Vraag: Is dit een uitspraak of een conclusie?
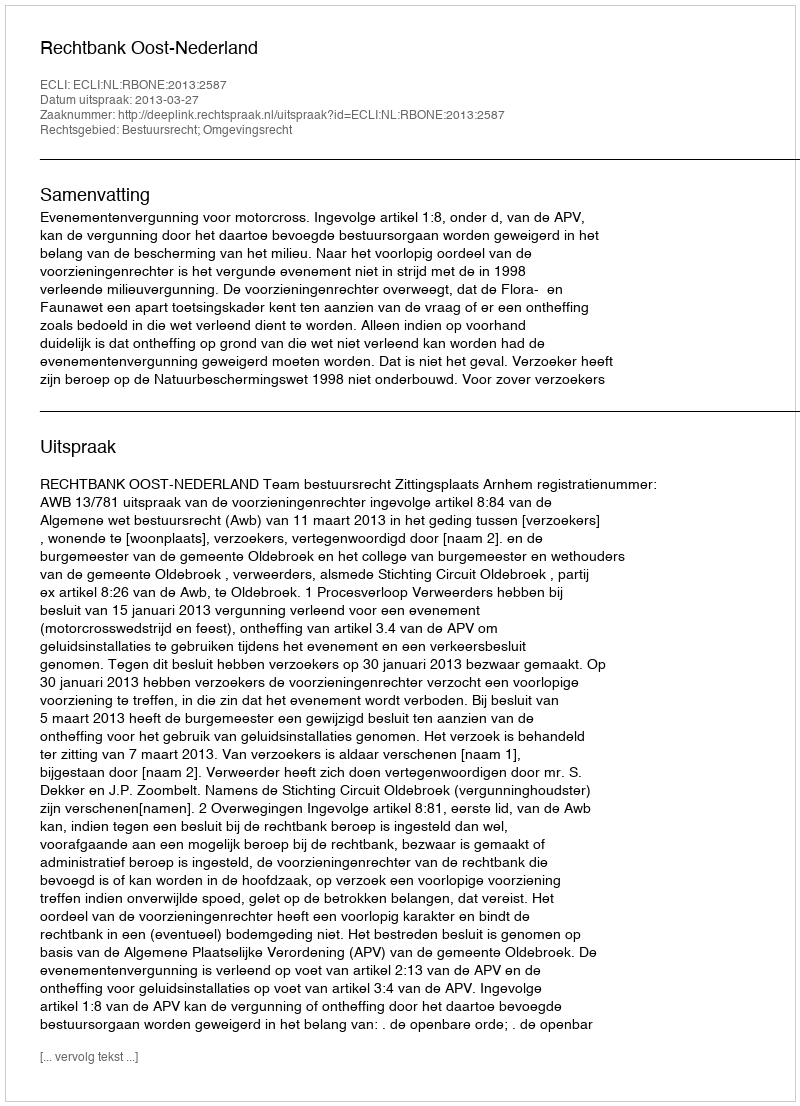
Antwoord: Uitspraak